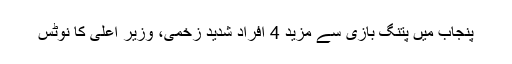
پنجاب میں پتنگ بازی سے مزید 4 افراد شدید زخمی، وزیر اعلیٰ کا نوٹس